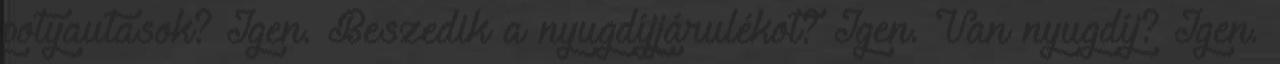
potyautasok? Igen. Beszedik a nyugdíjjárulékot? Igen. Van nyugdíj? Igen.